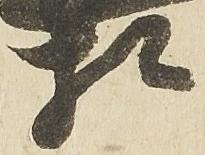
相